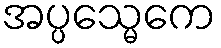
အပ္ပသ္မေကေ